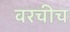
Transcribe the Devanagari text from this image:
वरचीच